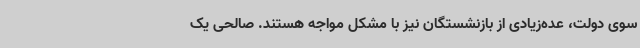
سوی دولت، عده‌زیادی از بازنشستگان نیز با مشکل مواجه هستند. صالحی یک